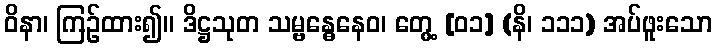
ဝိနာ၊ ကြဉ်ထား၍။ ဒိဋ္ဌသုတ သမ္ဗန္ဓေနေဝ၊ တွေ့ [၀၁] (နိ၊ ၁၁၁) အပ်ဖူးသော